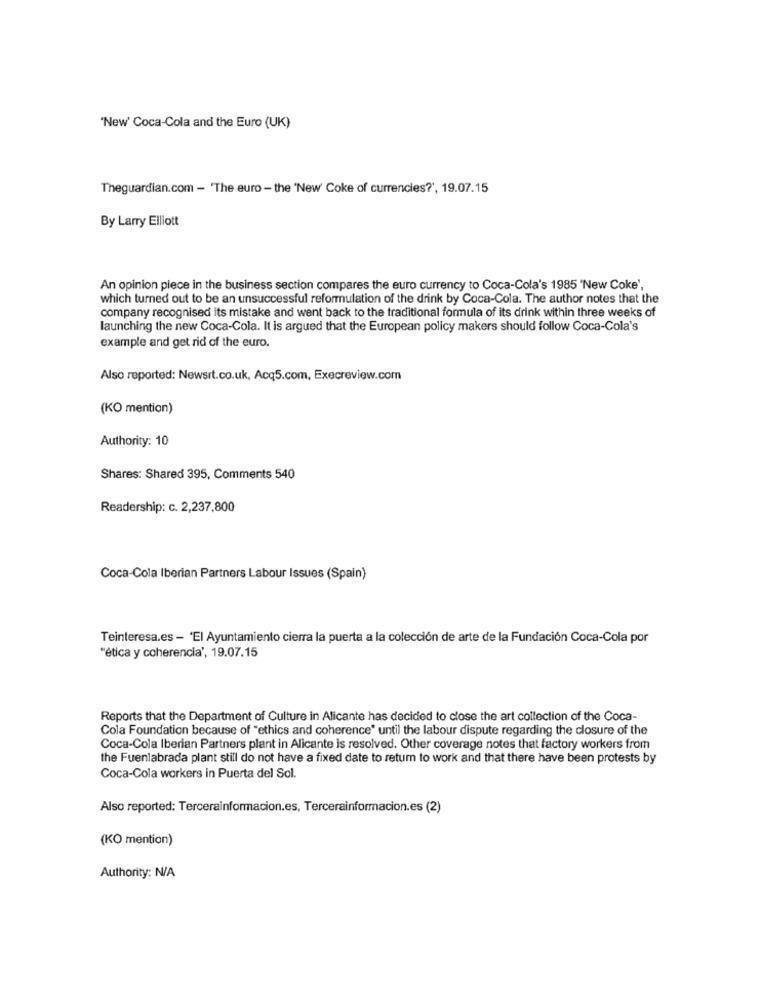
"New' Coca-Cola and the Euro (UK)
Theguardian.com - 'The euro - the 'New' Coke of currencies?', 19.07.15
By Larry Elliott
An opinion piece in the business section compares the euro currency to Coca-Cola's 1985 'New Coke',
which turned out to be an unsuccessful reformulation of the drink by Coca-Cola. The author notes that the
company recognised its mistake and went back to the traditional formula of its drink within three weeks of
launching the new Coca-Cola. It is argued that the European policy makers should follow Coca-Cola's
example and get rid of the euro.
Also reported: Newsrt.co.uk, Acq5.com, Execreview.com
(KO mention)
Authority: 10
Shares: Shared 395, Comments 540
Readership: c. 2,237,800
Coca-Cola Iberian Partners Labour Issues (Spain)
Teinteresa.es - 'El Ayuntamiento cierra la puerta a la colección de arte de la Fundación Coca-Cola por
"ética y coherencia', 19.07.15
Reports that the Department of Culture in Alicante has decided to close the art collection of the Coca-
Cola Foundation because of "ethics and coherence" until the labour dispute regarding the closure of the
Coca-Cola Iberian Partners plant in Alicante is resolved. Other coverage notes that factory workers from
the Fuenlabrada plant still do not have a fixed date to return to work and that there have been protests by
Coca-Cola workers in Puerta del Sol.
Also reported: Tercerainformacion.es, Tercerainformacion.es (2)
(KO mention)
Authority: N/A